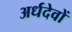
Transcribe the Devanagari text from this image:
अर्धदेवों